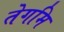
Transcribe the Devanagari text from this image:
तेगमि